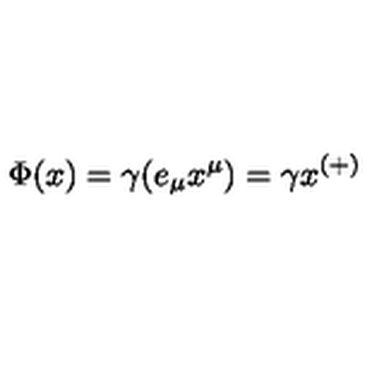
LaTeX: \Phi ( x ) = \gamma ( e _ { \mu } x ^ { \mu } ) = \gamma x ^ { ( + ) }